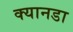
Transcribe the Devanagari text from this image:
क्यानडा